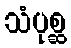
သံပုစ္ဆ